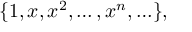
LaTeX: \{ 1 , x , x ^ { 2 } , \ldots , x ^ { n } , \ldots \} ,